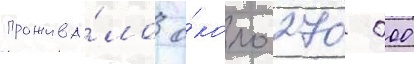
прожива́ло о́коло 270 000